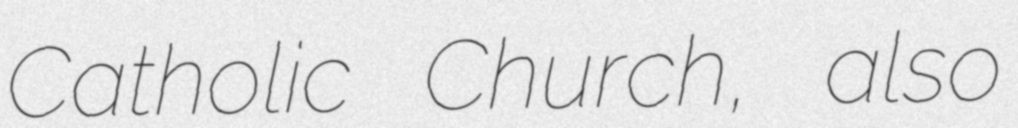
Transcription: Catholic Church, also